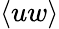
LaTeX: \langle uw\rangle